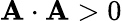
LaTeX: \mathbf{A\cdot A}>0